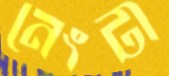
নেংটী